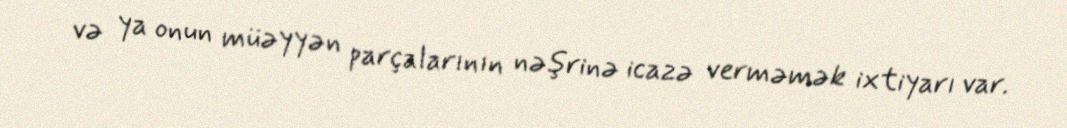
və ya onun müəyyən parçalarının nəşrinə icazə verməmək ixtiyarı var.